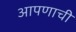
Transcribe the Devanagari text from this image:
आपणाची